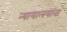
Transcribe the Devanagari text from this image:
न्यायालयांना